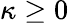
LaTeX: \kappa\ge 0